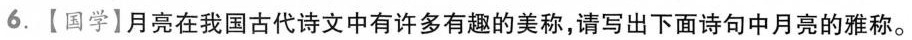
6.【国学】月亮在我国古代诗文中有许多有趣的美称，请写出下面诗句中月亮的雅称。